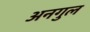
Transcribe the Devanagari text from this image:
अनगुल